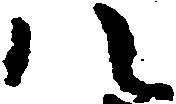
八